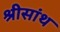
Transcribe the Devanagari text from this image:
श्रीसांथ